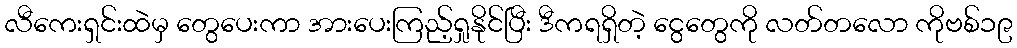
လီကေးရှင်းထဲမှ တွေပေးကာ အားပေးကြည့်ရှုနိုင်ပြီး ဒီကရရှိတဲ့ ငွေတွေကို လတ်တလော ကိုဗစ်၁၉